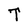
Character: T